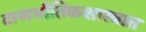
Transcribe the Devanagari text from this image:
कणभौतिकशास्त्रात